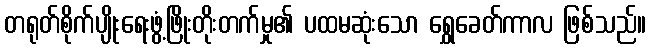
တရုတ်စိုက်ပျိုးရေးဖွံ့ဖြိုးတိုးတက်မှု၏ ပထမဆုံးသော ရွှေခေတ်ကာလ ဖြစ်သည်။